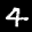
Label: 4